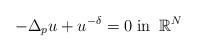
LaTeX: \begin{align*}-\Delta_p u+u^{-\delta}=0\;\mbox{in}\;\;\mathbb R^N\end{align*}